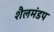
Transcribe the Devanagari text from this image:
शैलमंडप